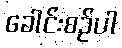
ခေါင်းစဉ်ပါ